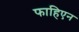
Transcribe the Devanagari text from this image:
फाहिएन